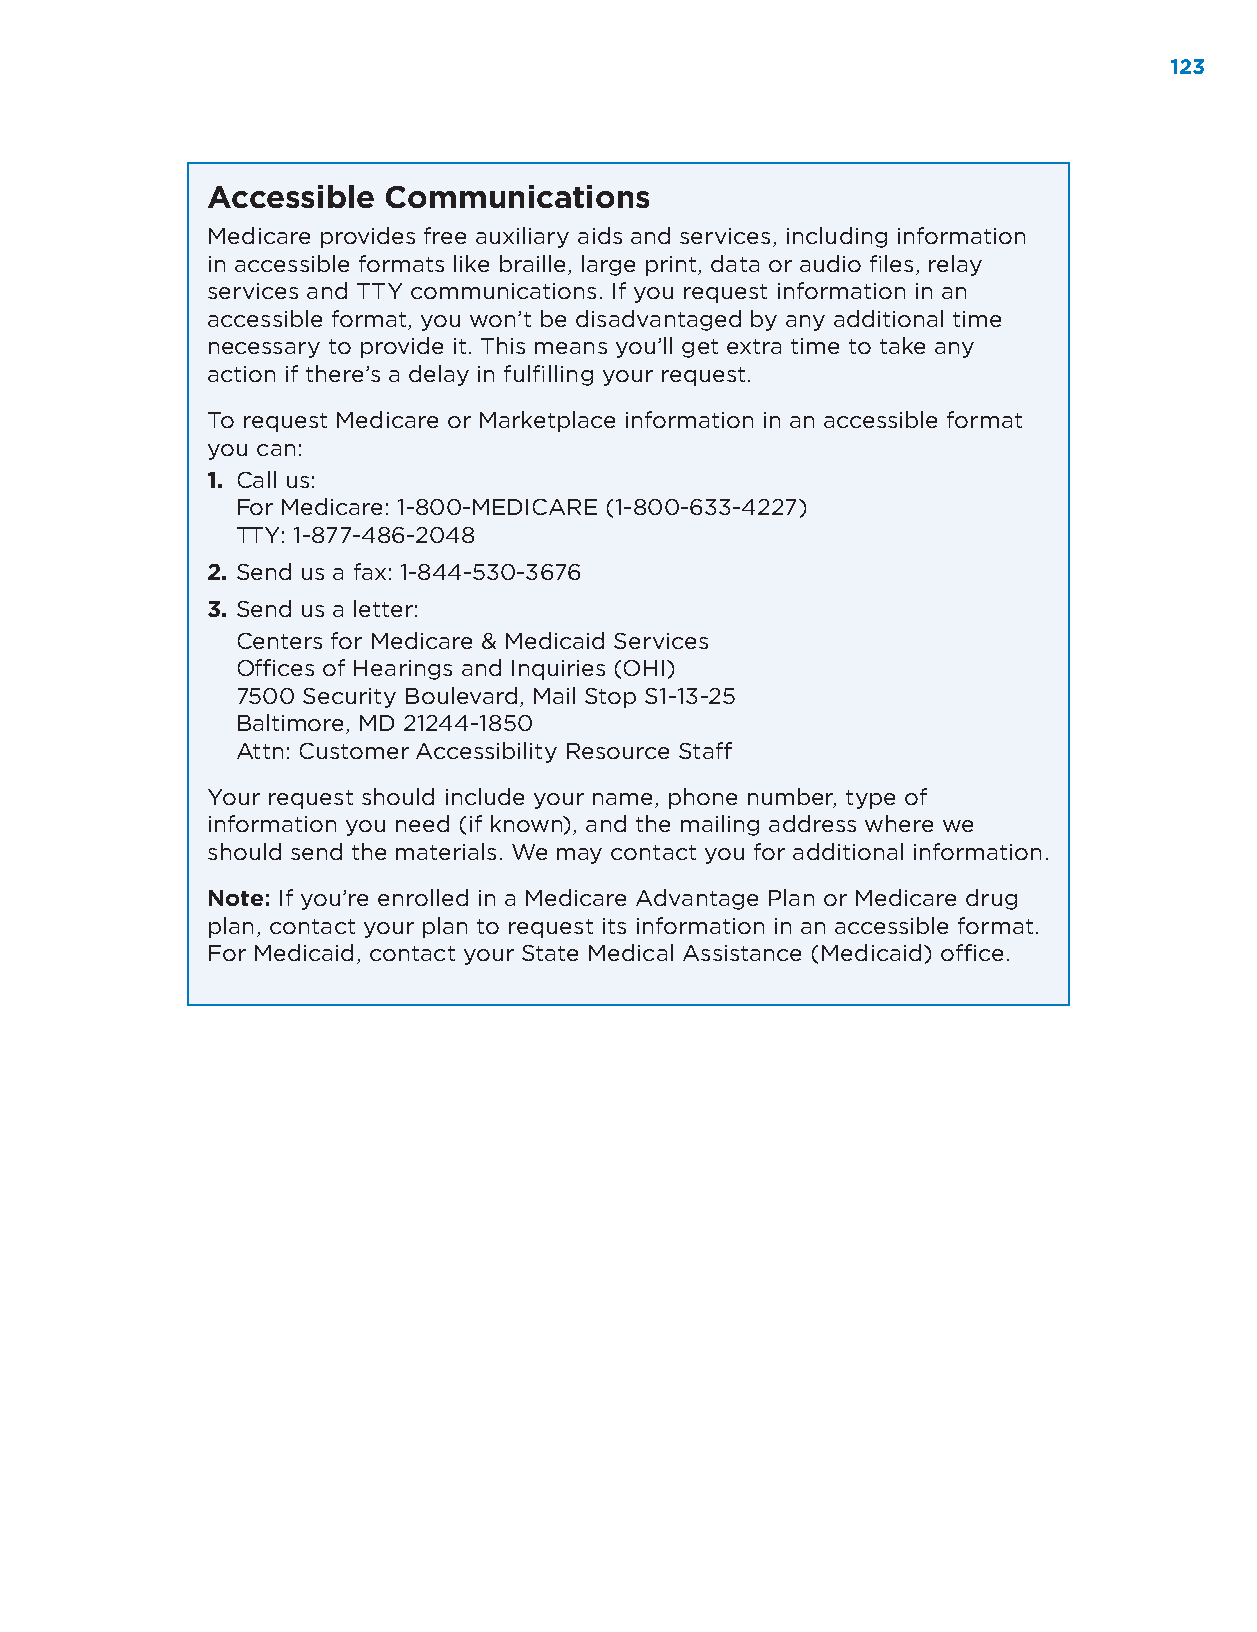
112233
 Accessible Communications
 Medicare provides free auxiliary aids and services, including information
 in accessible formats like braille, large print, data or audio files, relay
 services and TTY communications. If you request information in an
 accessible format, you won’t be disadvantaged by any additional time
 necessary to provide it. This means you’ll get extra time to take any
 action if there’s a delay in fulfilling your request.
 To request Medicare or Marketplace information in an accessible format
 you can:
 1. Call us:
 For Medicare: 1-800-MEDICARE (1-800-633-4227)
 TTY: 1-877-486-2048
 2. Send us a fax: 1-844-530-3676
 3. Send us a letter:
 Centers for Medicare & Medicaid Services
 Offices of Hearings and Inquiries (OHI)
 7500 Security Boulevard, Mail Stop S1-13-25
 Baltimore, MD 21244-1850
 Attn: Customer Accessibility Resource Staff
 Your request should include your name, phone number, type of
 information you need (if known), and the mailing address where we
 should send the materials. We may contact you for additional information.
 Note: If you’re enrolled in a Medicare Advantage Plan or Medicare drug
 plan, contact your plan to request its information in an accessible format.
 For Medicaid, contact your State Medical Assistance (Medicaid) office.